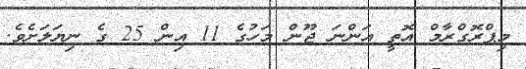
މިޕްރޮގްރާމް އޮތީ އަންނަ ޖޫން މަހުގެ 11 އިން 25 ގެ ނިޔަލަށެވެ.